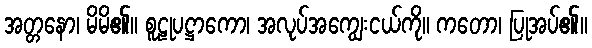
အတ္တနော၊ မိမိ၏။ စူဠုပဋ္ဌာကော၊ အလုပ်အကျွေးငယ်ကို။ ကတော၊ ပြုအပ်၏။